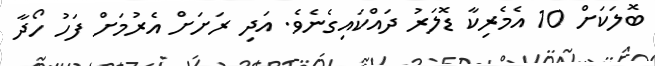
ބޮލަކަށް 10 އެމެރިކާ ޑޮލަރު ދައްކައިގެނެވެ. އަދި ރަށަށް އެރުމަށް ފަހު ހޯދާ